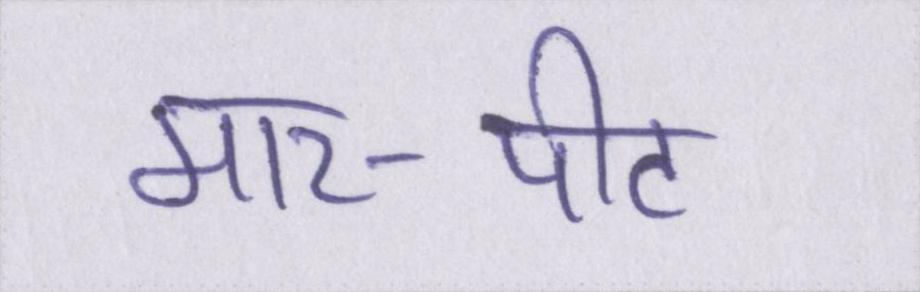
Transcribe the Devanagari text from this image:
मार-पीट